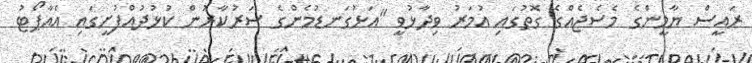
ރައީސް ޔާމީންގެ މެސެޖެއްގެ ގޮތުގައި އުމަރު ވިދާޅުވީ "އަޅުގަނޑުމެންގެ ސަރުކާރުން ކުޅުދުއްފުށީގައި އެއާޕޯޓު